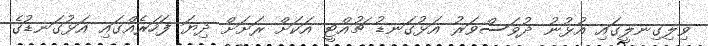
ވިލިގިނލީގައި އުޅުނު ދުވަސްވަރު އަޅުގަނޑު ޗުއްޓީ އަކަށް ރަށަށް ދިޔަ ފަހަރެއްގައި އަޅުގަނޑުގެ